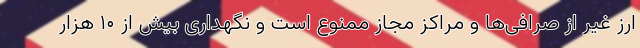
ارز غیر از صرافی‌ها و مراکز مجاز ممنوع است و نگهداری بیش از ۱۰ هزار